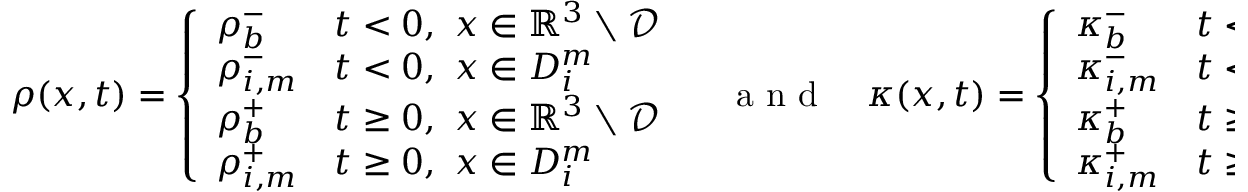
\begin{array} { r } { \rho ( x , t ) = \left\{ \begin{array} { l l } { \rho _ { b } ^ { - } } & { t < 0 , ~ x \in \mathbb { R } ^ { 3 } \setminus \mathcal { D } } \\ { \rho _ { i , m } ^ { - } } & { t < 0 , ~ x \in D _ { i } ^ { m } } \\ { \rho _ { b } ^ { + } } & { t \geq 0 , ~ x \in \mathbb { R } ^ { 3 } \setminus \mathcal { D } } \\ { \rho _ { i , m } ^ { + } } & { t \geq 0 , ~ x \in D _ { i } ^ { m } } \end{array} \right. \quad \mathrm { ~ a ~ n ~ d ~ } \quad \kappa ( x , t ) = \left\{ \begin{array} { l l } { \kappa _ { b } ^ { - } } & { t < 0 , ~ x \in \mathbb { R } ^ { 3 } \setminus \mathcal { D } } \\ { \kappa _ { i , m } ^ { - } } & { t < 0 , ~ x \in D _ { i } ^ { m } } \\ { \kappa _ { b } ^ { + } } & { t \geq 0 , ~ x \in \mathbb { R } ^ { 3 } \setminus \mathcal { D } } \\ { \kappa _ { i , m } ^ { + } } & { t \geq 0 , ~ x \in D _ { i } ^ { m } } \end{array} \right. , } \end{array}